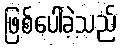
ဖြစ်ပေါ်ခဲ့သည်